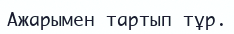
Ажарымен тартып тұр.